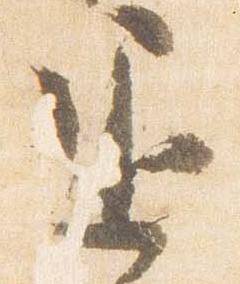
退